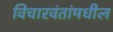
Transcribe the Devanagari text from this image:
विचारवंतांमधील